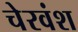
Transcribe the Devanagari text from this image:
चेरवंश